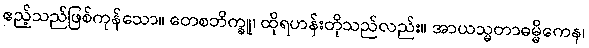
ဧည့်သည်ဖြစ်ကုန်သော။ တေစဘိက္ခူ၊ ထိုရဟန်းတိုသည်လည်း။ အာယသ္မတာဓမ္မိကေန၊